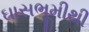
ઘાસભૂમીથી